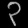
Digit: ၃